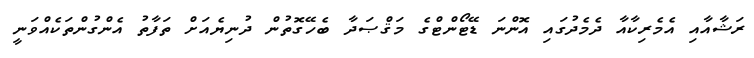
ރަޝާއާއި އެމެރިކާއާ ދެމެދުގައި އޮންނަ ޑޭޓޯންޓްގެ މަޤްޞަދާ ބެހޭގޮތުން ދުނިޔެއަށް ތަފާތު އެންގުންތަކެއްވަނީ